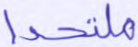
ملتحدا